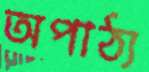
অপাঠ্য